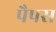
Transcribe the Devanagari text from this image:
पैपस